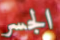
الجسر